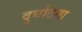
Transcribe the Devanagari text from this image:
दुर्घाटना